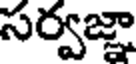
సర్వజ్ఞా